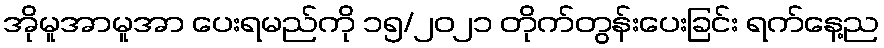
အိုမူအာမူအာ ပေးရမည်ကို ၁၅/၂၀၂၁ တိုက်တွန်းပေးခြင်း ရက်နေ့ည